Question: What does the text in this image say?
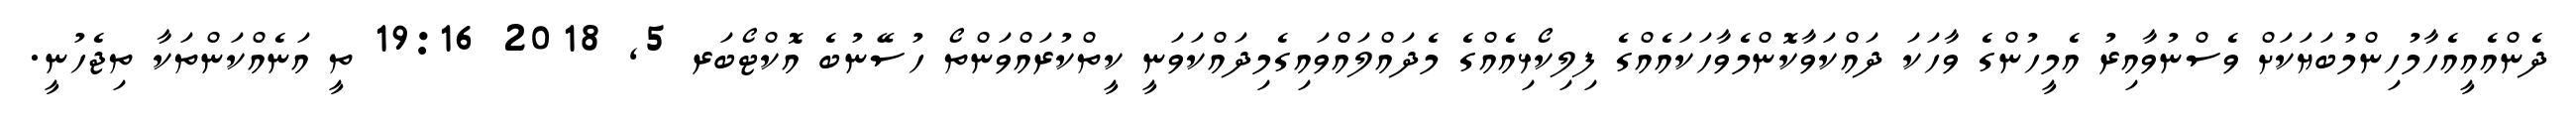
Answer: ދެންއެއީއެހާމުހިންމުބަޔަކަށް ވެސްނުވާއިރު އެމީހުންގެ ވާހަކަ ދައްކަވާކޮންމެވާހަކައެއްގެ ފިލިކޯޅިއެއްގެ މެދައްލައްވައިގެމިދައްކަވަނީ ކީތްކުރައްވަންތޯ ހުސޭނުބެ އޮކްޓޯބަރ 5, 2018 19:16 ތީ އަނެއްކަންތަކާ ތިޖެހުނީ.